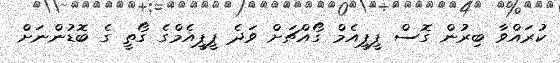
ކުރައްވާ ބިރުން ގޮސް ޕީޕީއެމް ގޯއްޗަށް ވަދެ ޕީޕީއެމްގެ ގޯތީ ގެ ބޮޑުންނަށް